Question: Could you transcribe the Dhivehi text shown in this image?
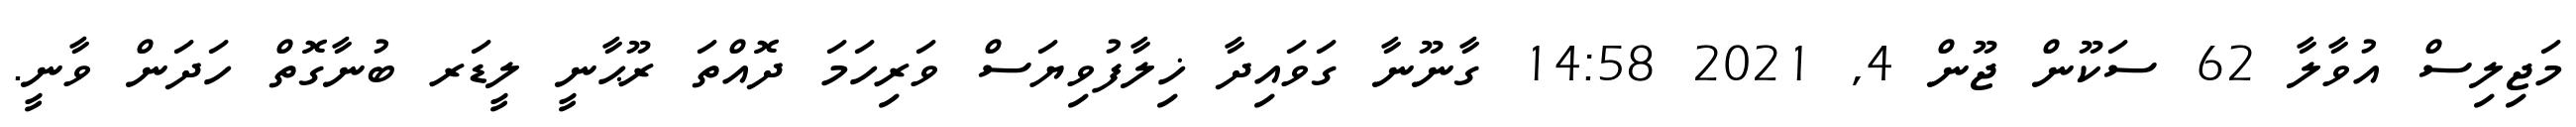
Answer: މަޖިލިސް އުވާލާ 62 ސަކޫން ޖޫން 4, 2021 14:58 ގާނޫނާ ގަވައިދާ ޚިލާފުވިޔަސް ވަރިހަމަ ދޮއްތަ ރޫޙާނީ ލީޑަރ ބުނާގޮތް ހަދަން ވާނީ.